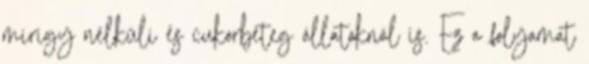
mirigy nélküli és cukorbeteg állatoknál is. Ez a folyamat